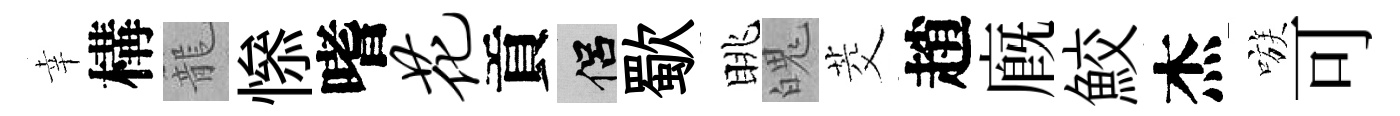
幸構籠𢡖嗜花貢侣歜眺魄茭趙廐鮫杰嗾可